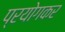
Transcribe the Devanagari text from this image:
प्रयोगकर